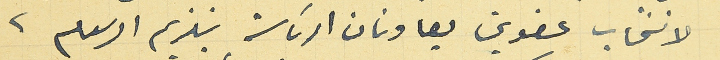
لانتخاب عضوين يعاونان الرئاسة بتلزيم الرسوم.